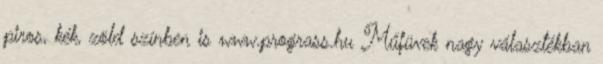
piros, kék, zöld színben is www.prograss.hu Műfüvek nagy választékban